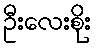
ဦးလေးစိုး